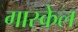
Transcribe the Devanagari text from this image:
गास्केल